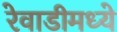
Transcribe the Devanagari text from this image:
रेवाडीमध्ये